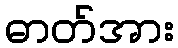
ဓာတ်အား